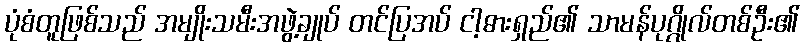
ပုံစံတူဖြစ်သည် အမျိုးသမီးအဖွဲ့ချုပ် တင်ပြအပ် ငါ့ဓားရှည်၏ သာမန်ပုဂ္ဂိုလ်တစ်ဦး၏